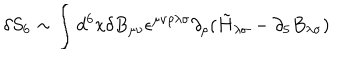
LaTeX: \delta S _ { 6 } \sim \int d ^ { 6 } x \delta B _ { \mu \nu } \epsilon ^ { \mu \nu \rho \lambda \sigma } \partial _ { \rho } ( \tilde { H } _ { \lambda \sigma } - \partial _ { 5 } B _ { \lambda \sigma } )